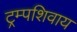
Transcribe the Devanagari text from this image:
ट्रम्पशिवाय